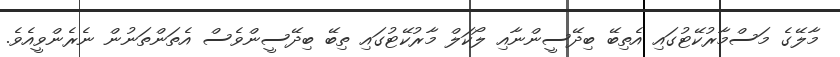
މާލޭގެ މަސްމާރުކޭޓުގައި އެތިބޭ ބިދޭސީންނާއި ލޯކަލް މާރުކޭޓުގައި ތިބޭ ބިދޭސީންވެސް އެތަންތަނުން ނެރެންވީއެވެ.